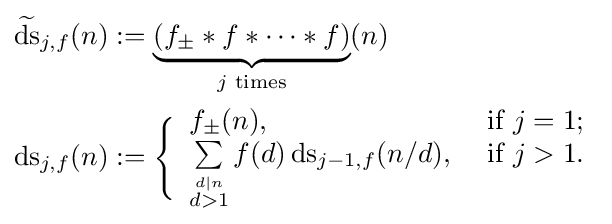
{\begin{aligned}{\widetilde {\operatorname {ds} }}_{j,f}(n)&:=\underbrace {\left(f_{\pm }\ast f\ast \cdots \ast f\right)} _{j{\text{ times}}}(n)\\\operatorname {ds} _{j,f}(n)&:={\Biggl \{}{\begin{array}{ll}f_{\pm }(n),&{\text{ if }}j=1;\\\sum \limits _{\stackrel {d\mid n}{d>1}}f(d)\operatorname {ds} _{j-1,f}(n/d),&{\text{ if }}j>1.\end{array}}\end{aligned}}